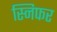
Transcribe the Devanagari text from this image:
स्निफर